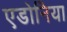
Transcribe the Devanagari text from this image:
एडोनिया